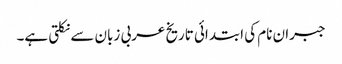
جبران نام کی ابتدائی تاریخ عربی زبان سے نکلتی ہے۔